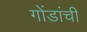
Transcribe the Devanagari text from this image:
गोंडांची